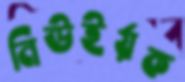
নিউইর্য়ক